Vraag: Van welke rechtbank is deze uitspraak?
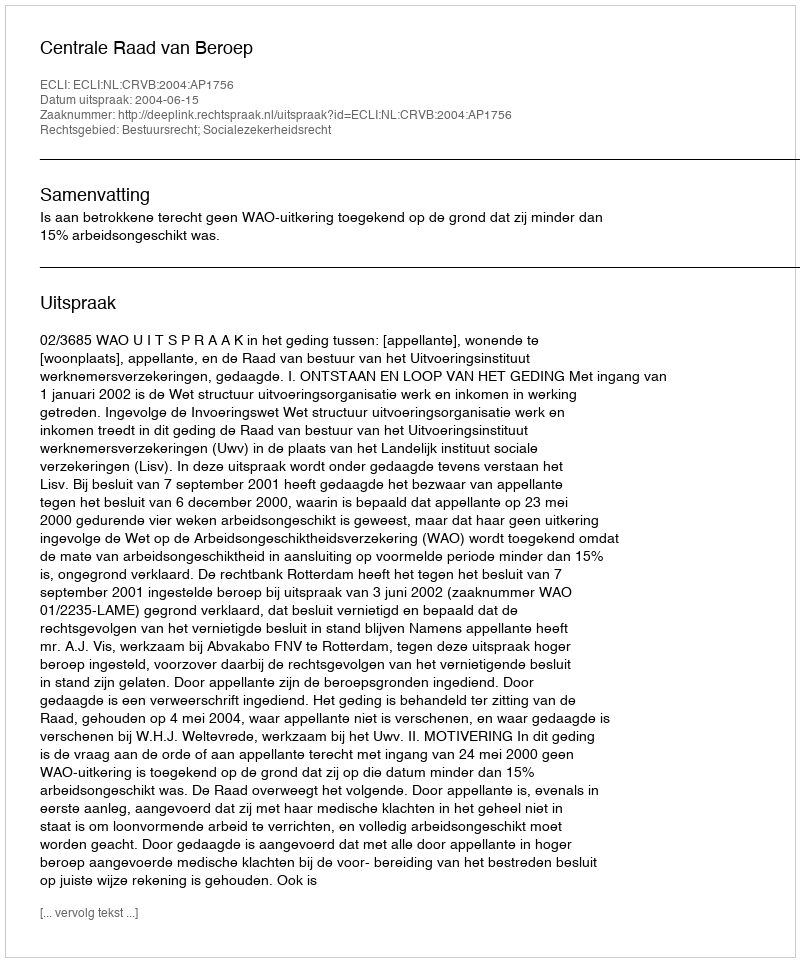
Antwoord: Centrale Raad van Beroep